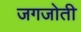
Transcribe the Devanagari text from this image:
जगजोती